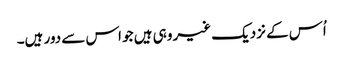
اُس کے نزدیک غیر وہی ہیں جو اس سے دور ہیں۔